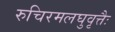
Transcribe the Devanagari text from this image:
रुचिरमलघुवृत्तैः